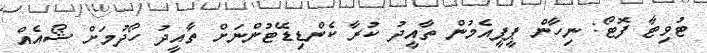
ޓުވިޓާ ފޮޓޯ: ނިހާން ޕީޕީއެމުން ތާއީދު ކުރާ ކެންޑިޑޭޓުންނަށް ތާއީދު ހޯދުމަށް ޝޯއެއް